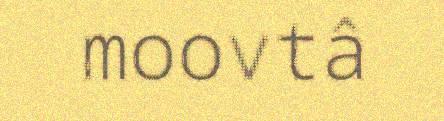
moovtâ